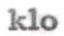
klo